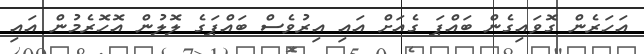
އަހަރެން ގޮވައިގެން ބައްޕަ ގެއަށް އައި އިރުވެސް ބައްޕަގެ ލޮލުން އޮހޮރެމުން އައި